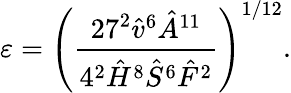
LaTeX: \varepsilon=\left(\frac{27^{2}\hat{v}^{6}\hat{A}^{11}}{4^{2}\hat{H}^{8}\hat{S}^{6}\hat{F}^{2}}\right)^{1/12}.